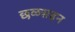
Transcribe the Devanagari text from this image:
छळसहन